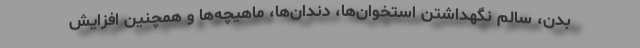
بدن، سالم نگهداشتن استخوان‌ها، دندان‌ها، ماهیچه‌ها و همچنین افزایش